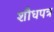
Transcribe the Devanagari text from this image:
शौधपत्र